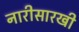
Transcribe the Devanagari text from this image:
नारीसारखी